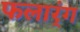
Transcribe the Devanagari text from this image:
फलार्ंग